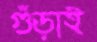
গুঁড়াই